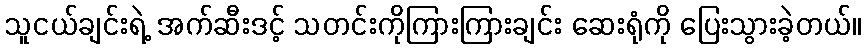
သူငယ်ချင်းရဲ့ အက်ဆီးဒင့် သတင်းကိုကြားကြားချင်း ဆေးရုံကို ပြေးသွားခဲ့တယ်။